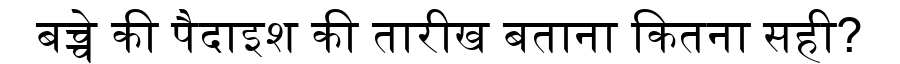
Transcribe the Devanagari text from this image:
बच्चे की पैदाइश की तारीख बताना कितना सही?